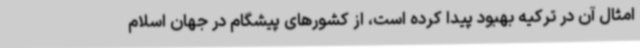
امثال آن در ترکیه بهبود پیدا کرده است، از کشورهای پیشگام در جهان اسلام